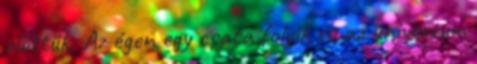
előttük. Az égen egy csata folyik és az univerzum